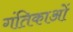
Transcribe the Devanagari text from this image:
गंतिकाओं